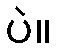
ပဲ။